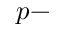
p -